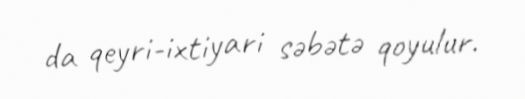
da qeyri-ixtiyari səbətə qoyulur.